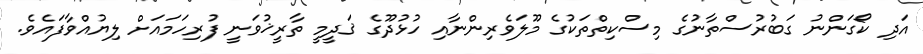
އަދި ކޯގަންނު ގަބުރުސްތާނުގެ މިސްކިތްތަކުގެ މޫލަވެރިންނާއި ހުޅުދޫގެ ޤަދީމީ ތާރީޚުވަނީ ފުރިހަމައަށް ލިޔުއްވާފައެވެ.